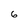
Character: 6